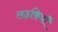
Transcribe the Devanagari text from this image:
लड़कियॉं